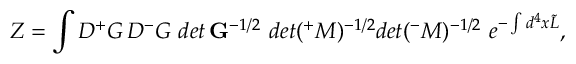
Z = \int { \cal D } { ^ + } G \, { \cal D } { ^ - } G \, \, d e t \, { \bf G } ^ { - 1 / 2 } \, \, d e t ( { ^ + } M ) ^ { - 1 / 2 } d e t ( { ^ - } M ) ^ { - 1 / 2 } \, \, e ^ { - \int d ^ { 4 } x \tilde { L } } ,